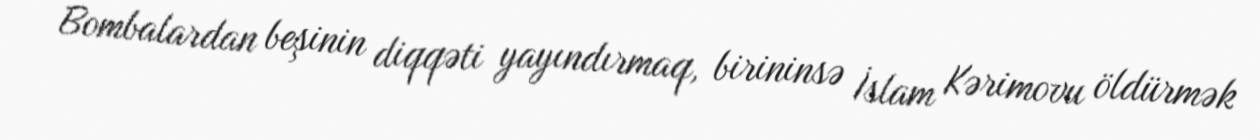
Bombalardan beşinin diqqəti yayındırmaq, birininsə İslam Kərimovu öldürmək